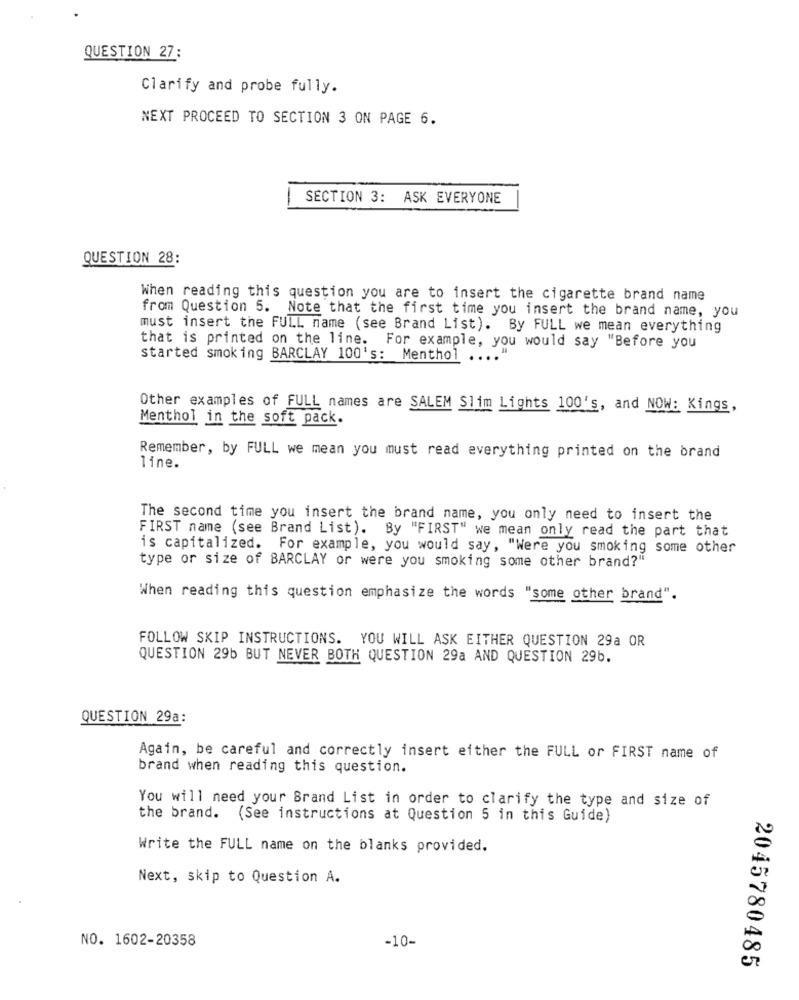
QUESTION 27:
Clarify and probe fully.
NEXT PROCEED TO SECTION 3 ON PAGE 6.
SECTION 3: ASK EVERYONE
QUESTION 28:
When reading this question you are to insert the cigarette brand name
from Question 5. Note that the first time you insert the brand name, you
must insert the FULL name (see Brand List). By FULL we mean everything
that is printed on the line. For example, you would say "Before you
started smoking BARCLAY 100's: Menthol ....
Other examples of FULL names are SALEM Slim Lights 100's, and NOW: Kings,
Menthol in the soft pack.
Remember, by FULL we mean you must read everything printed on the brand
line.
The second time you insert the brand name, you only need to insert the
FIRST name (see Brand List). By "FIRST" we mean only read the part that
is capitalized. For example, you would say, "Were you smoking some other
type or size of BARCLAY or were you smoking some other brand?"
When reading this question emphasize the words "some other brand".
FOLLOW SKIP INSTRUCTIONS. YOU WILL ASK EITHER QUESTION 29a OR
QUESTION 29b BUT NEVER BOTH QUESTION 29a AND QUESTION 29b.
QUESTION 29a:
Again, be careful and correctly insert either the FULL or FIRST name of
brand when reading this question.
You will need your Brand List in order to clarify the type and size of
the brand. (See instructions at Question 5 in this Guide)
Write the FULL name on the blanks provided.
Next, skip to Question A.
NO. 1602-20358
-10-
2045780485